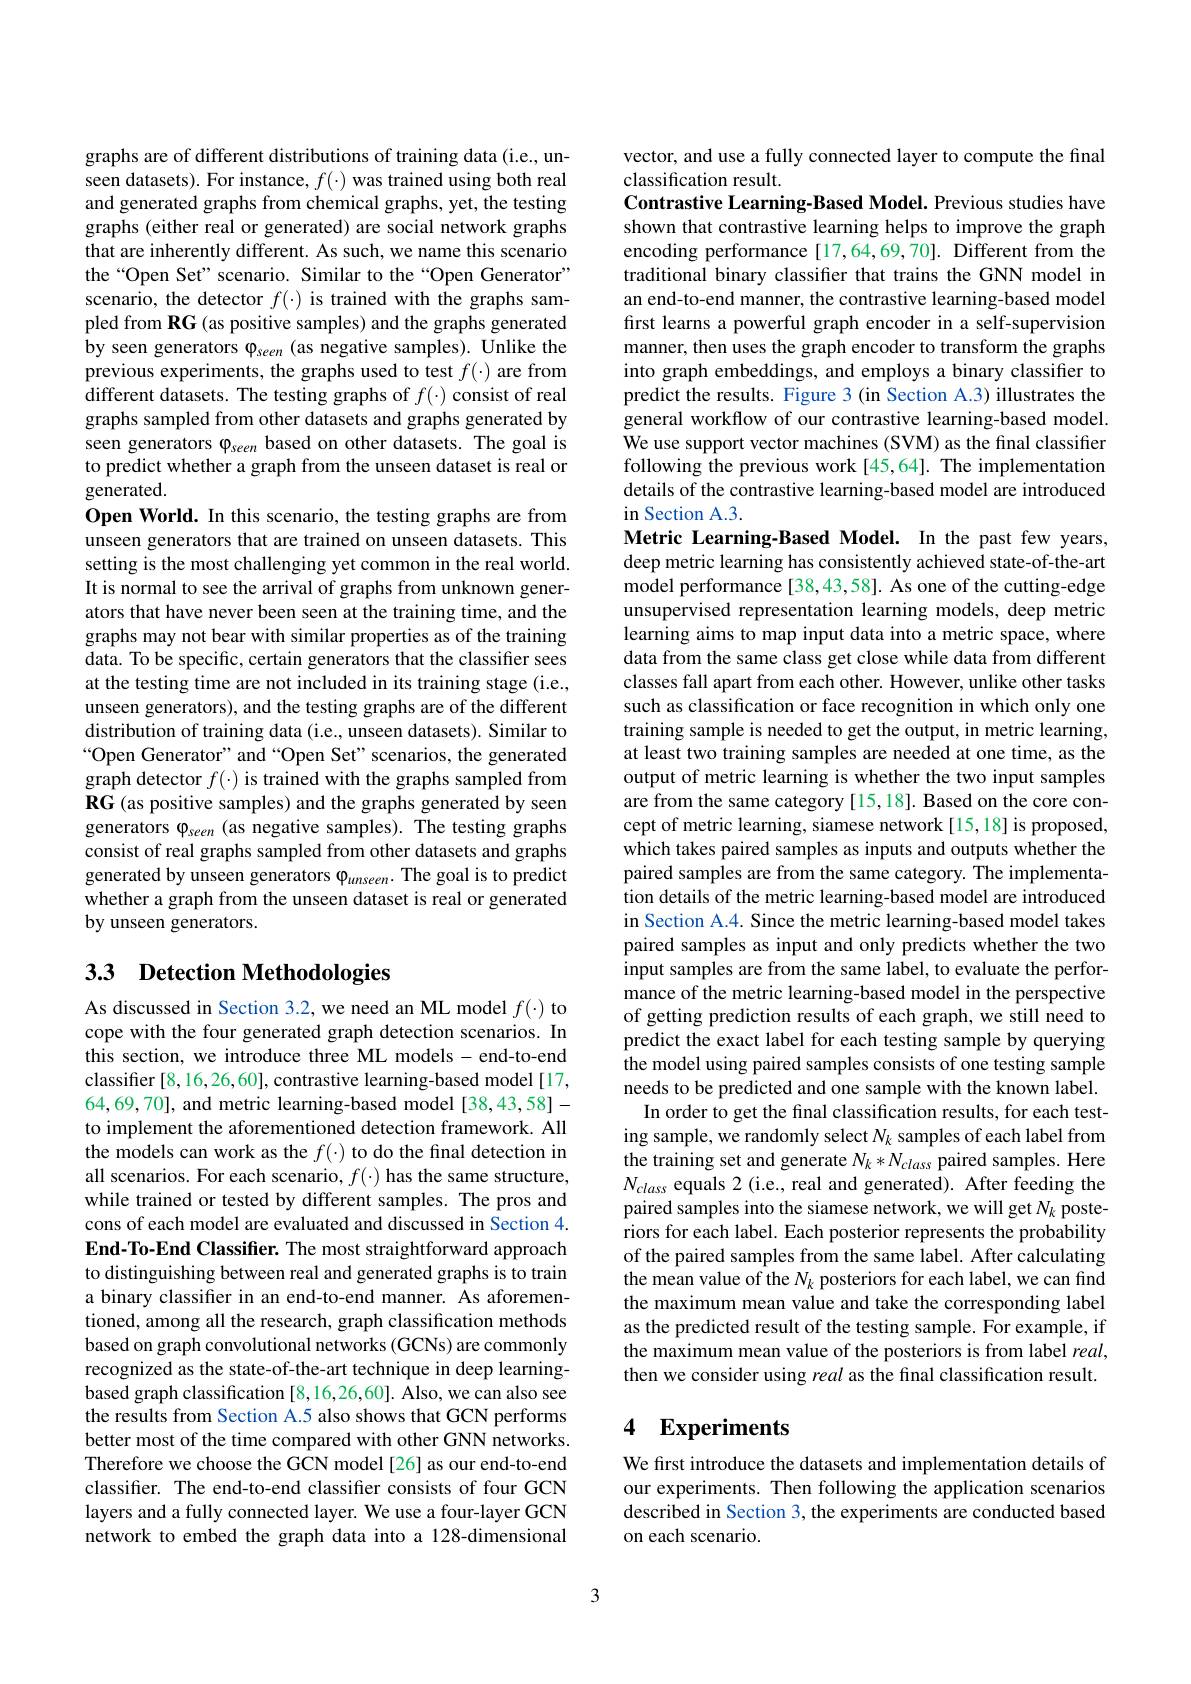
graphs are of different distributions of training data (i.e., unseen datasets). For instance, $f(\cdot)$ was trained using both real and generated graphs from chemical graphs, yet, the testing graphs (either real or generated) are social network graphs that are inherently different. As such, we name this scenario the“Open Set”scenario. Similar to the“Open Generator” scenario, the detector $f(\cdot)$ is trained with the graphs sampled from RG (as positive samples) and the graphs generated by seen generators $\varphi_{seen}$ (as negative samples). Unlike the previous experiments, the graphs used to test $f(\cdot)$ are from different datasets. The testing graphs of $f(\cdot)$ consist of real graphs sampled from other datasets and graphs generated by seen generators $\varphi_{seen}$ based on other datasets. The goal is to predict whether a graph from the unseen dataset is real or $\tilde{\text{generated}}.$
Open World. In this scenario, the testing graphs are from unseen generators that are trained on unseen datasets. This setting is the most challenging yet common in the real world. It is normal to see the arrival of graphs from unknown generators that have never been seen at the training time, and the graphs may not bear with similar properties as of the training data. To be specific, certain generators that the classifier sees at the testing time are not included in its training stage (i.e., unseen generators), and the testing graphs are of the different distribution of training data (i.e., unseen datasets). Similar to “Open Generator" and“Open Set” scenarios, the generated $\hat{\text{graph detector }f(\cdot)\text{ is trained with the graphs sampled from}}$ RG (as positive samples) and the graphs generated by seen generators $\varphi_{seen}$ (as negative samples). The testing graphs consist of real graphs sampled from other datasets and graphs generated by unseen generators $\varphi_{unseen}.$ The goal is to predict whether a graph from the unseen dataset is real or generated by unseen generators.

# 3.3 Detection Methodologies

As discussed in Section 3.2, we need an ML model $f(\cdot)$ to cope with the four generated graph detection scenarios. In this section, we introduce three ML models- end-to-end classifier [8,16,26,60], contrastive learning-based model[17, 64,69,70], and metric learning-based model[38,43,58]- to implement the aforementioned detection framework. All the models can work as the $f(\cdot)$ to do the final detection in all scenarios. For each scenario, $f(\cdot)$ has the same structure, while trained or tested by different samples. The pros and cons of each model are evaluated and discussed in Section 4. End-To-End Classifier. The most straightforward approach to distinguishing between real and generated graphs is to train a binary classifer in an end-to-end manner. As aforementioned, among all the research, graph classification methods based on graph convolutional networks (GCNs) are commonly recognized as the state-of-the-art technique in deep learningbased graph classification [8,16,26,60]. Also, we can also see the results from Section A.5 also shows that GCN performs better most of the time compared with other GNN networks. Therefore we choose the GCN model[26] as our end-to-end classifier. The end-to-end classifier consists of four GCN layers and a fully connected layer. We use a four-layer GCN network to embed the graph data into a 128-dimensional

vector, and use a fully connected layer to compute the final
classification result.

Contrastive Learning-Based Model. Previous studies have shown that contrastive learning helps to improve the graph encoding performance[17,64,69,70]. Different from the traditional binary classifer that trains the GNN model in an end-to-end manner, the contrastive learning-based model first learns a powerful graph encoder in a self-supervision manner, then uses the graph encoder to transform the graphs into graph embeddings, and employs a binary classifier to predict the results. Figure 3 (in Section A.3) illustrates the general workflow of our contrastive learning-based model. We use support vector machines (SVM) as the final classifier following the previous work[45,64]. The implementation details of the contrastive learning-based model are introduced in Section A.3.
Metric Learning-Based Model. In the past few years, deep metric learning has consistently achieved state-of-the-art model performance [38,43,58]. As one of the cutting-edge unsupervised representation learning models, deep metric learning aims to map input data into a metric space, where data from the same class get close while data from different classes fall apart from each other. However, unlike other tasks such as classification or face recognition in which only one training sample is needed to get the output, in metric learning at least two training samples are needed at one time, as the output of metric learning is whether the two input samples are from the same category [15,18]. Based on the core concept of metric learning, siamese network [15,18] is proposed, which takes paired samples as inputs and outputs whether the paired samples are from the same category. The implementation details of the metric learning-based model are introduced in Section A.4. Since the metric learning-based model takes paired samples as input and only predicts whether the two input samples are from the same label, to evaluate the performance of the metric learning-based model in the perspective of getting prediction results of each graph, we still need to predict the exact label for each testing sample by querying the model using paired samples consists of one testing sample needs to be predicted and one sample with the known label. In order to get the final classification results, for each test-
ing sample, we randomly select $N_k$ samples of each label from the training set and generate $N_k*N_{class}$ paired samples. Here $N_{class}$ equals 2 (i.e., real and generated). After feeding the paired samples into the siamese network, we will get $N_k$ posteriors for each label. Each posterior represents the probability of the paired samples from the same label. After calculating the mean value of the $N_k$ posteriors for each label, we can find the maximum mean value and take the corresponding label as the predicted result of the testing sample. For example, if the maximum mean value of the posteriors is from label $real$, then we consider using real as the final classification result

## 4 Experiments

We first introduce the datasets and implementation details of our experiments. Then following the application scenarios described in Section 3, the experiments are conducted based on each scenario.

3